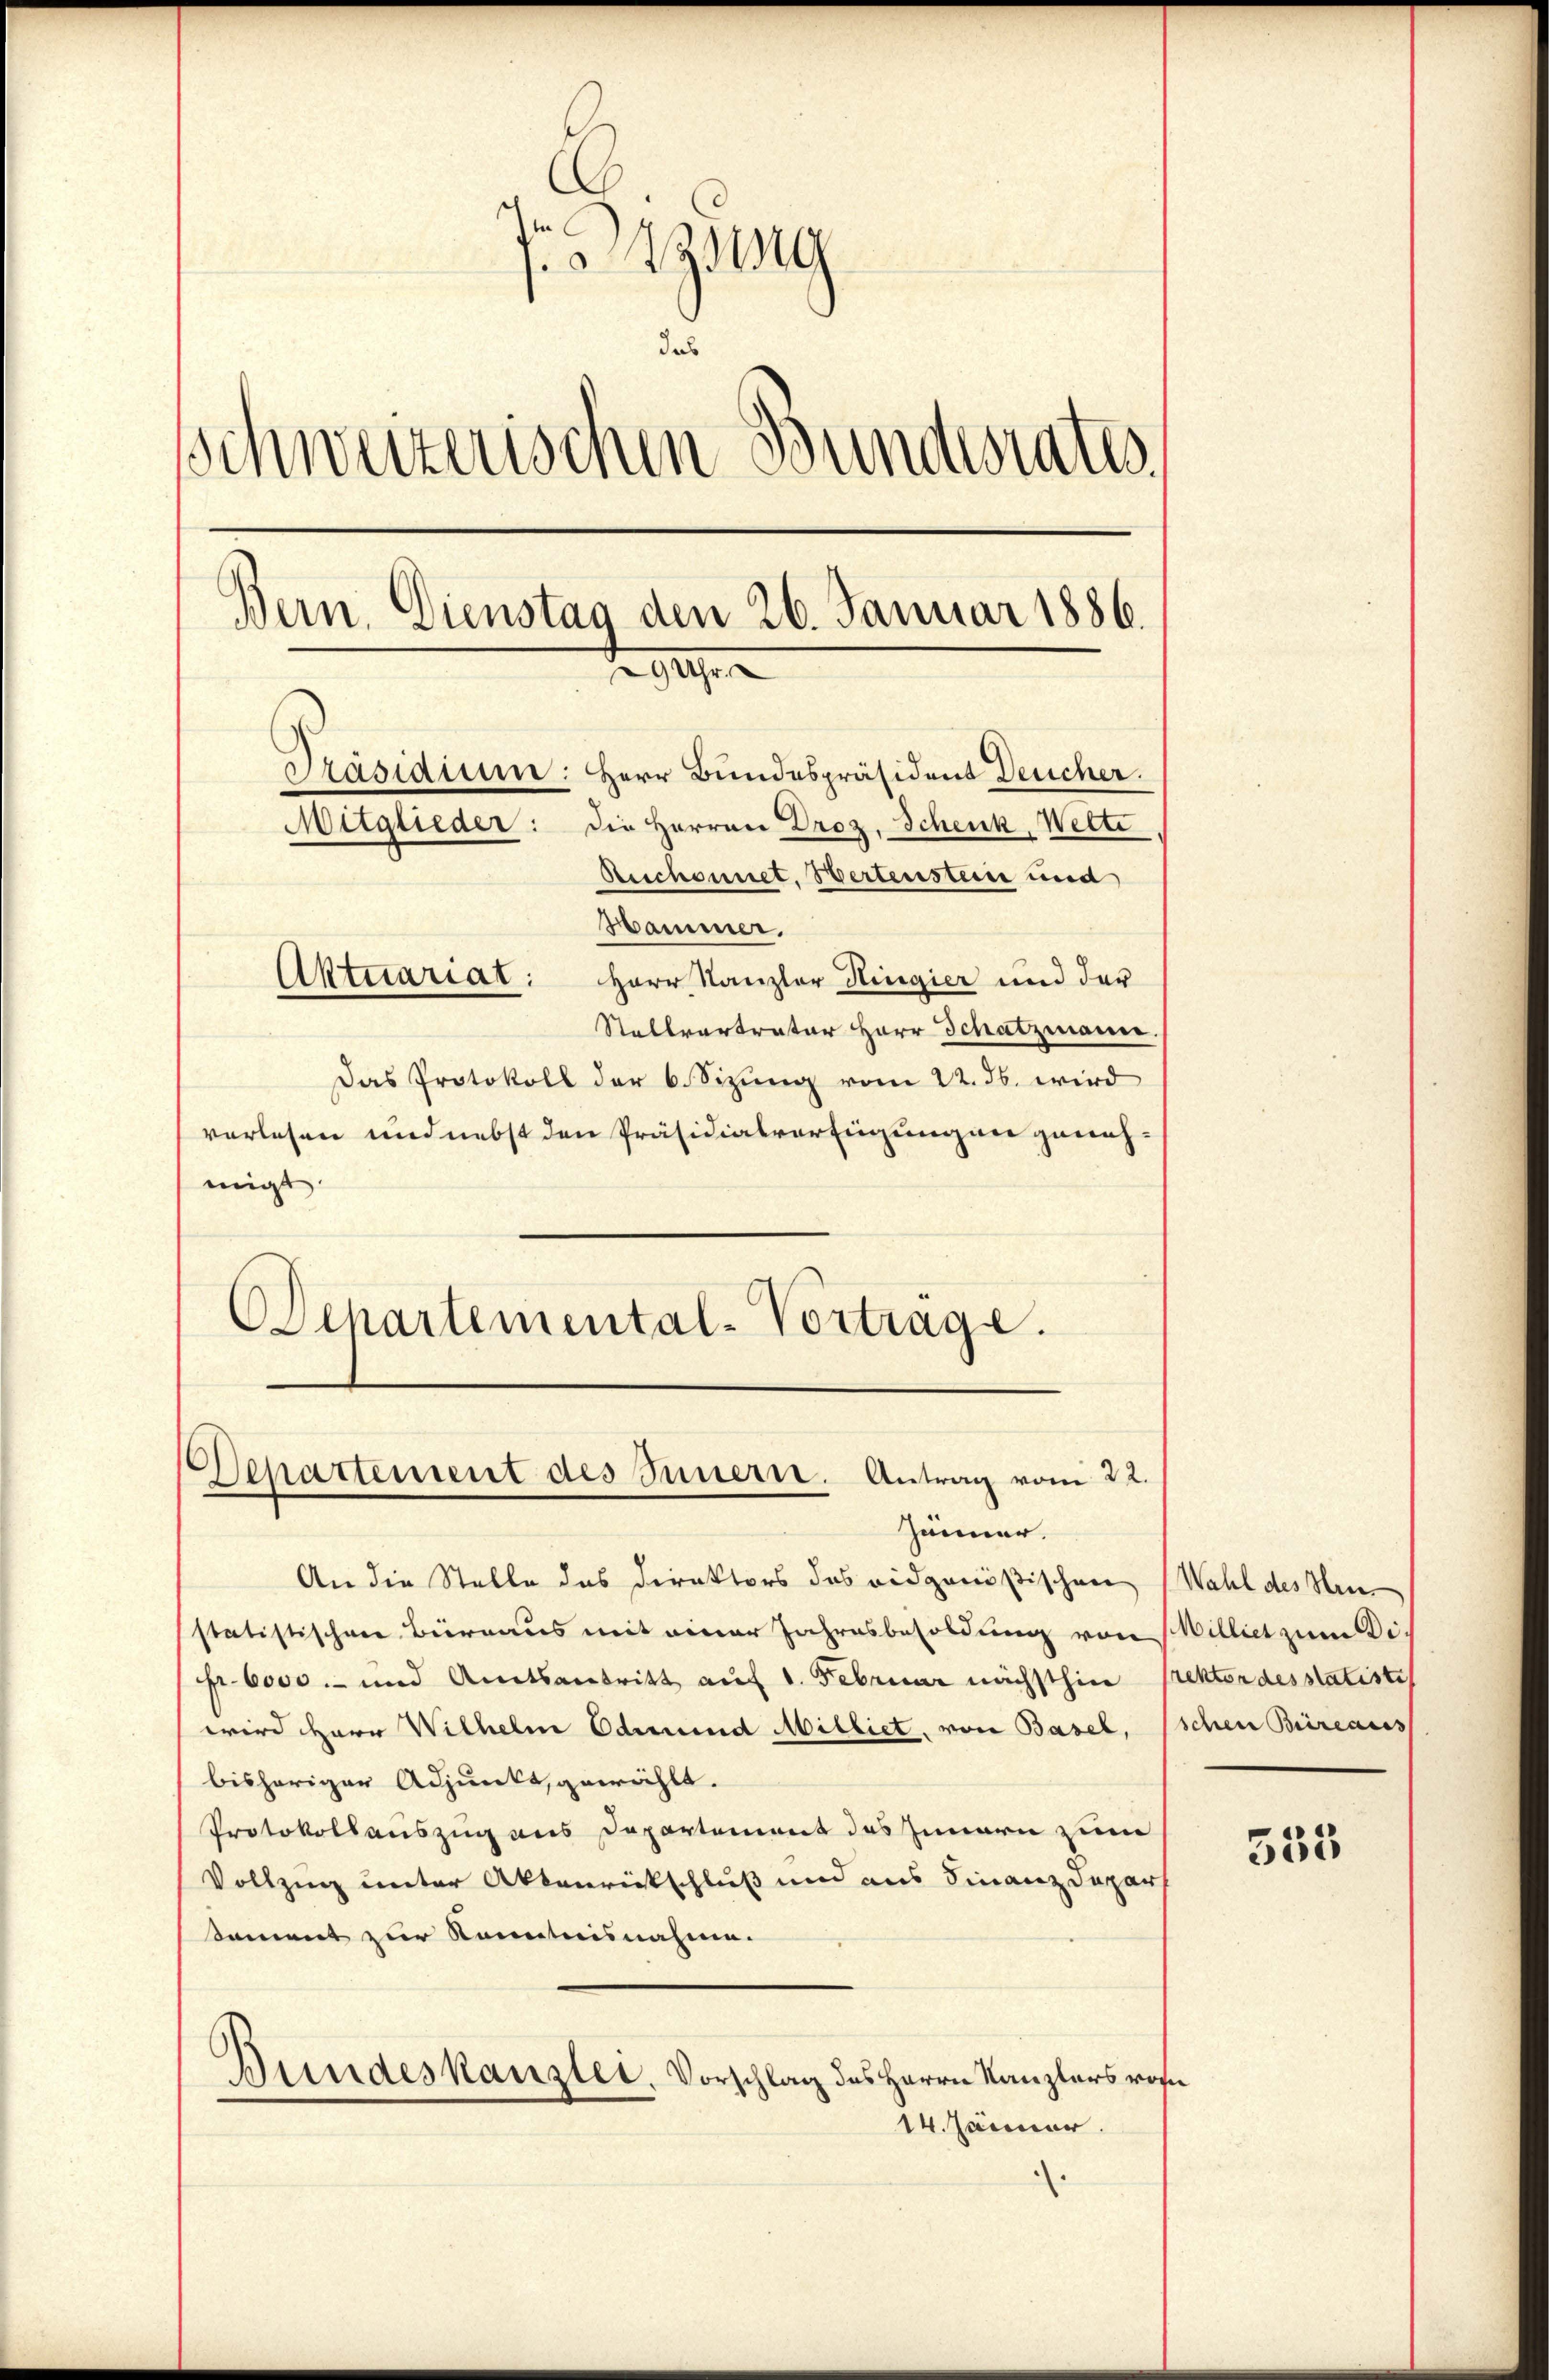
C
79
das
Schweizerischen Bundesrates
Bern. Dienstag den 26. Januar 1886.
294
Präsidium: Herr Bundespräsident Deucher.
Mitglieder: die Herren Droz, Schenk, Wette
Aeschonnet. Bertensten und
Hammer.
Aktuariat: Herr Kanzler Hingier und der
Stellvertrator Herr Schatzmann.

Das Protokoll der 6. Sizung vom 22. ds. wird
vorlesen und nebst den Präsidialverfügungen genehmigt.
Departemental-Vortrage.

An die Stelle das Direktors des eidgenößischen Wahl des Heu
statistischene Beirraus mit einer Jahresbesoldung von Williet zum Difr. 6000.- und Amtsantritt auf 1. Februar nächsthin prektor desstatistis
wird Herr Wilhelm Edmund Milliet, von Basel, Eschen Bureaus
bisheriger Adjunkt, gewählt.
Protokollauszug aus Departement das Innern zum
Vollzung unter Aktenrickschluß und aus Finanzdepar
Sament zur Kenntnisnahme.
Bundeskanzlei, Vorschlag des Herrn Kanzlers von
14. Jänner.
.

s
Separtement des Innern. Antrag vom 22.
Zinner.

535